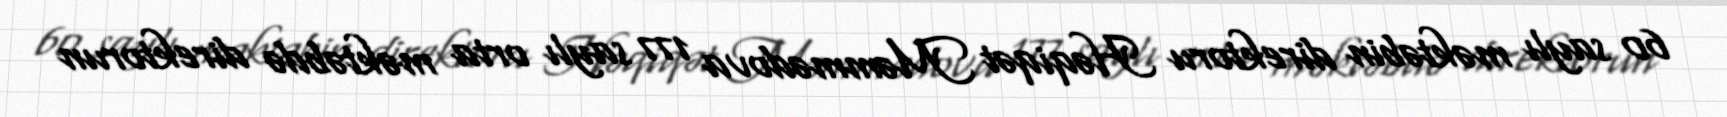
60 saylı məktəbin direktoru Həqiqət Məmmədova 177 saylı orta məktəbdə direktorun